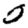
Digit: 0